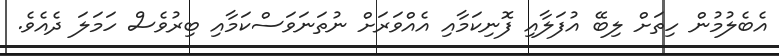
އެބެލުމުން ހިތަށް ލިބޭ އުފަލާއި ފޮނިކަމާއި އެއްވަރަށް ނުތަނަވަސްކަމާއި ބިރުވެސް ހަމަލަ ދެއެވެ.